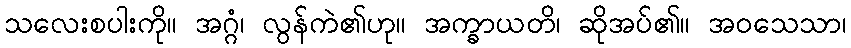
သလေးစပါးကို။ အဂ္ဂံ၊ လွန်ကဲ၏ဟု။ အက္ခာယတိ၊ ဆိုအပ်၏။ အဝသေသာ၊